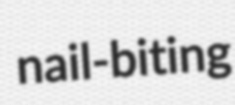
nail-biting